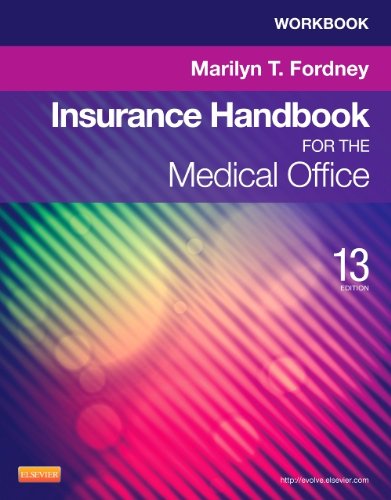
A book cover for Workbook for Insurance Handbook for the Medical Office, 13th Edition; Marilyn T. Fordney; Medical Books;